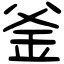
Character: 釜